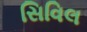
સિવિલ